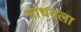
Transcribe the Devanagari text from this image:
माधवला